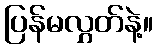
ပြန်မလွှတ်နဲ့။